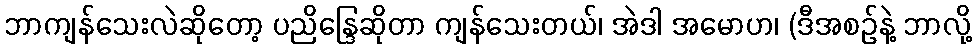
ဘာကျန်သေးလဲဆိုတော့ ပညိန္ဒြေဆိုတာ ကျန်သေးတယ်၊ အဲဒါ အမောဟ၊ (ဒီအစဉ်နဲ့ ဘာလို့